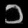
Digit: ၁